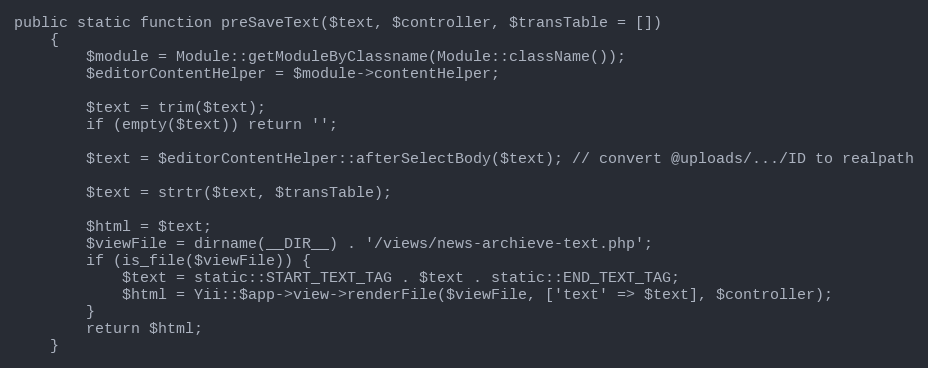
Language: PHP
public static function preSaveText($text, $controller, $transTable = [])
    {
        $module = Module::getModuleByClassname(Module::className());
        $editorContentHelper = $module->contentHelper;

        $text = trim($text);
        if (empty($text)) return '';

        $text = $editorContentHelper::afterSelectBody($text); // convert @uploads/.../ID to realpath

        $text = strtr($text, $transTable);

        $html = $text;
        $viewFile = dirname(__DIR__) . '/views/news-archieve-text.php';
        if (is_file($viewFile)) {
            $text = static::START_TEXT_TAG . $text . static::END_TEXT_TAG;
            $html = Yii::$app->view->renderFile($viewFile, ['text' => $text], $controller);
        }
        return $html;
    }